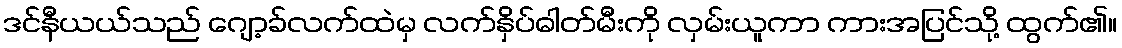
ဒင်နီယယ်သည် ဂျော့ခ်လက်ထဲမှ လက်နှိပ်ဓါတ်မီးကို လှမ်းယူကာ ကားအပြင်သို့ ထွက်၏။